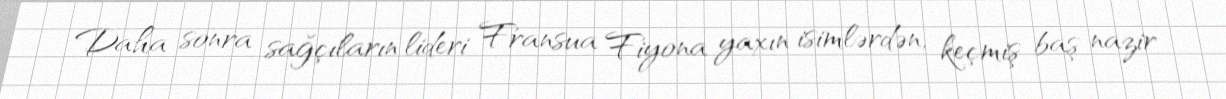
Daha sonra sağçıların lideri Fransua Fiyona yaxın isimlərdən, keçmiş baş nazir